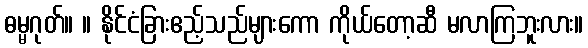
ဓမ္မဂုတ်။ ။ နိုင်ငံခြားဧည့်သည်များကော ကိုယ်တော့ဆီ မလာကြဘူးလား။